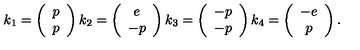
k _ { 1 } = \left( \begin{array} { c } { p } \\ { p } \\ \end{array} \right) k _ { 2 } = \left( \begin{array} { c } { e } \\ { - p } \\ \end{array} \right) k _ { 3 } = \left( \begin{array} { c } { - p } \\ { - p } \\ \end{array} \right) k _ { 4 } = \left( \begin{array} { c } { - e } \\ { p } \\ \end{array} \right) .